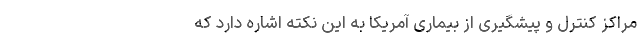
مراکز کنترل و پیشگیری از بیماری آمریکا به این نکته اشاره دارد که